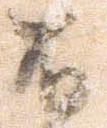
有